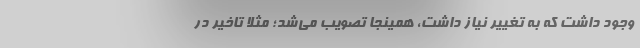
وجود داشت که به تغییر نیاز داشت، همینجا تصویب می‌شد؛ مثلا تاخیر در